Plague in India, 1896, 1897 - Volume 1
Year: 1896
Disease focus: Plague
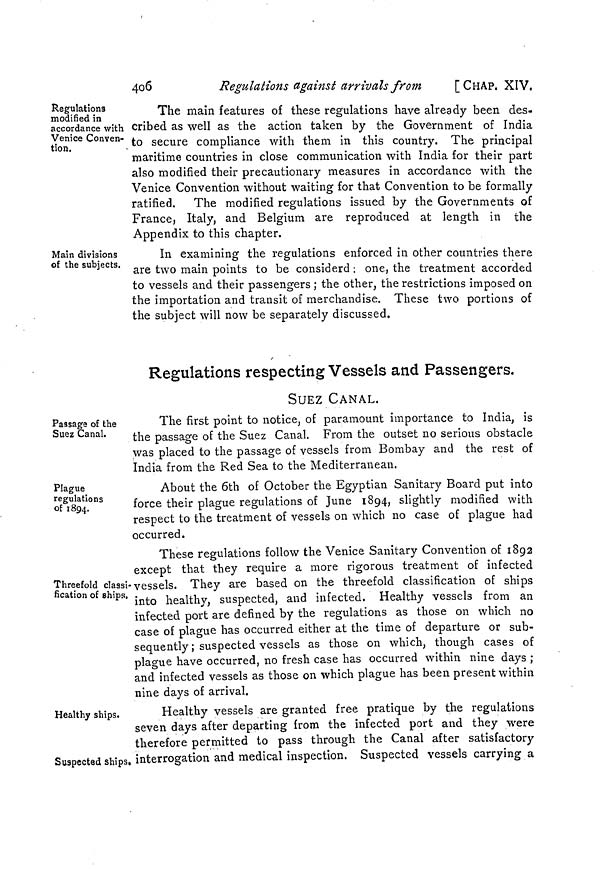
406
Regulations against arrivals from
[CHAP. XIV.
Regulations
modified in
accordance with
Venice Conven-
tion.
The main features of these regulations have already been des-
cribed as well as the action taken by the Government of India
to secure compliance with them in this country. The principal
maritime countries in close communication with India for their part
also modified their precautionary measures in accordance with the
Venice Convention without waiting for that Convention to be formally
ratified. The modified regulations issued by the Governments of
France, Italy, and Belgium are reproduced at length in the
Appendix to this chapter.
Main divisions
of the subjects.
In examining the regulations enforced in other countries there
are two main points to be considerd : one, the treatment accorded
to vessels and their passengers ; the other, the restrictions imposed on
the importation and transit of merchandise. These two portions of
the subject will now be separately discussed.
Regulations respecting Vessels and Passengers.
SUEZ CANAL.
Passage of the
Suez Canal.
The first point to notice, of paramount importance to India, is
the passage of the Suez Canal. From the outset no serious obstacle
was placed to the passage of vessels from Bombay and the rest of
India from the Red Sea to the Mediterranean.
Plague
regulations
of 1894.
About the 6th of October the Egyptian Sanitary Board put into
force their plague regulations of June 1894, slightly modified with
respect to the treatment of vessels on which no case of plague had
occurred.
Threefold classi-
fication of ships,
These regulations follow the Venice Sanitary Convention of 1892
except that they require a more rigorous treatment of infected
vessels. They are based on the threefold classification of ships
into healthy, suspected, and infected. Healthy vessels from an
infected port are defined by the regulations as those on which no
case of plague has occurred either at the time of departure or sub-
sequently ; suspected vessels as those on which, though cases of
plague have occurred, no fresh case has occurred within nine days ;
and infected vessels as those on which plague has been present within
nine days of arrival.
Healthy ships.
Healthy vessels are granted free pratique by the regulations
seven days after departing from the infected port and they were
therefore permitted to pass through the Canal after satisfactory
Suspected ships, interrogation and medical inspection. Suspected vessels carrying a